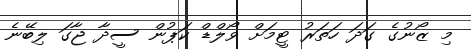
މި ޒޯނުގެ ގަދަ ހަތަރު ޓީމަށް ވޯލްޑް ކަޕުން ސީދާ ޖާގަ ލިބޭނެ